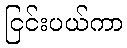
ငြင်းပယ်ကာ